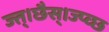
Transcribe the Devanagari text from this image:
ज्त्।छैस्।ज्प्व्छ